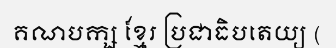
គណបក្ស ខ្មែរ ប្រជាធិបតេយ្យ (